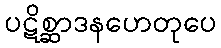
ပဋိစ္ဆာဒနဟေတုပေ